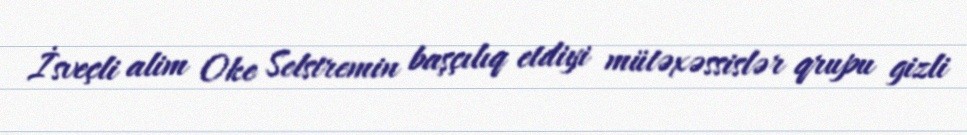
İsveçli alim Oke Selstremin başçılıq etdiyi mütəxəssislər qrupu gizli